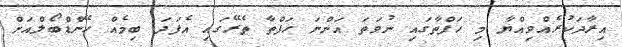
އިރާދަކުރެއްވިއްޔާ މި ހަފްތާގައި ނުވަތަ އަންނަ ހަފްތާ ތެރޭގައި އެފަދަ ބިމެއް ހޭންޑްބޯލްއަށް